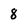
Character: 8